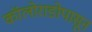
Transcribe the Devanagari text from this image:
कॉलोराडोपासून